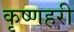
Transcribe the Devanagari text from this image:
कृष्णहरी